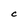
Character: C